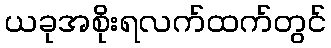
ယခုအစိုးရလက်ထက်တွင်